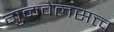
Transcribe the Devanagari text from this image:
गुळवेलसत्त्व